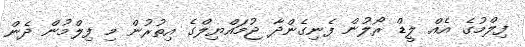
ފިލްމުގެ އެއް ލީޑް ރޯލުން ފެނިގެންދާ ޖުމައްޔިލްގެ އިތުރުން މި ފިލްމުން ދެން